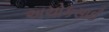
અચોકસાઈ